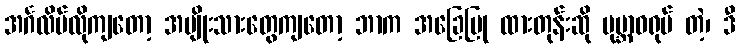
အင်္ဂလိပ်လိုကျတော့ အမျိုးသားတွေကျတော့ ဘာက အခြေပြု ထားတုန်းဆို ပုမ္ဘာဝရုပ် တဲ့၊ ဒီ